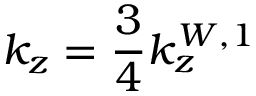
k _ { z } = \frac { 3 } { 4 } k _ { z } ^ { W , 1 }